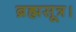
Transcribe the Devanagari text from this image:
ब्रह्मसूत्र।